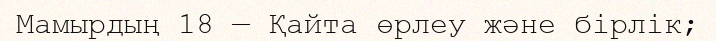
Мамырдың 18 — Қайта өрлеу және бірлік;